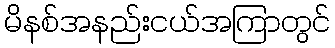
မိနစ်အနည်းငယ်အကြာတွင်